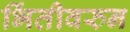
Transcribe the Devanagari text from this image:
भिंतीवरुन